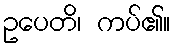
ဥပေတိ၊ ကပ်၏။